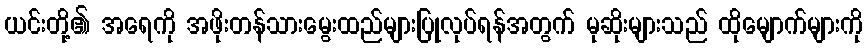
ယင်းတို့၏ အရေကို အဖိုးတန်သားမွေးထည်များပြုလုပ်ရန်အတွက် မုဆိုးများသည် ထိုမျောက်များကို